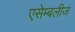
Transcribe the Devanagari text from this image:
एसेम्बलीज